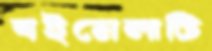
বইমেলাটি